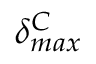
\delta _ { m a x } ^ { C }